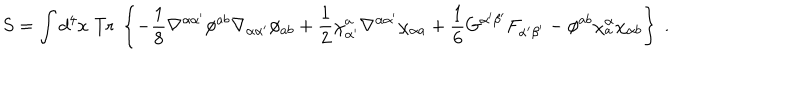
S = \int d ^ { 4 } x \; \mathrm { T r } \; \left\{ - { \frac { 1 } { 8 } } \nabla ^ { \alpha \alpha ^ { \prime } } \phi ^ { a b } \nabla _ { \alpha \alpha ^ { \prime } } \phi _ { a b } + { \frac { 1 } { 2 } } \chi _ { \alpha ^ { \prime } } ^ { a } \nabla ^ { \alpha \alpha ^ { \prime } } \chi _ { \alpha a } + { \frac { 1 } { 6 } } G ^ { \alpha ^ { \prime } \beta ^ { \prime } } F _ { \alpha ^ { \prime } \beta ^ { \prime } } - \phi ^ { a b } \chi _ { a } ^ { \alpha } \chi _ { \alpha b } \right\} \ .